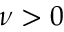
\nu > 0